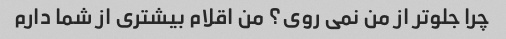
چرا جلوتر از من نمی روی؟ من اقلام بیشتری از شما دارم